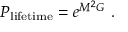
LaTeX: P _ { \mathrm { l i f e t i m e } } = e ^ { M ^ { 2 } G } \ .